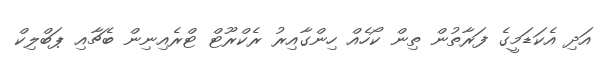
އަދި އެކަޑަމީގެ ފަރާތުން ތިން ކޯހެއް ހިންގާއިރު ރެކްރޫޓް ޓްރެއިނިން ބެޗާއި ޕަބްލިކް